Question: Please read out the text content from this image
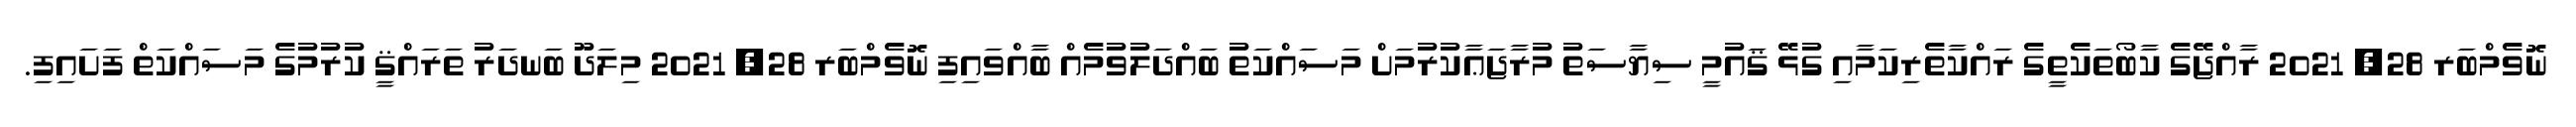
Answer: ނޮވެމްބަރ 28, 2021 ރާއްޖޭގެ ކާބޯތަކެތީގެ ރައްކާތެރިކަމާއި ގުޅޭ ޤައުމީ ސިޔާސަތު މުރާޖަޢާކުރުމަށް މަސައްކަތު ބައްދަލުވުމެއް ބާއްވައިފި ނޮވެމްބަރ 28, 2021 މިލަދޫ ބަނދަރު ތަރައްޤީ ކުރުމުގެ މަސައްކަތް ފަށައިފި.